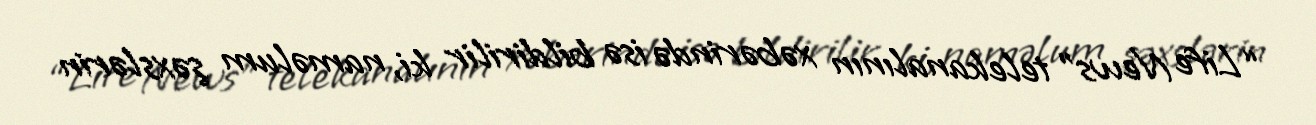
“Life News” telekanalının xəbərində isə bildirilir ki, naməlum şəxslərin